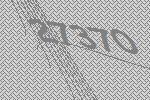
27370